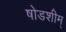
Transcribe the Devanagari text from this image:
षोडशीम्